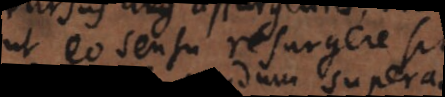
ut eo sensu resurgere sit